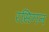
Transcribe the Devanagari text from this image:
रसिगन